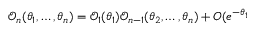
\mathcal { O } _ { n } ( \theta _ { 1 } , \dots , \theta _ { n } ) = \mathcal { O } _ { 1 } ( \theta _ { 1 } ) \mathcal { O } _ { n - 1 } ( \theta _ { 2 } , \dots , \theta _ { n } ) + O ( e ^ { - \theta _ { 1 } }